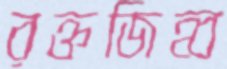
রক্তজিহ্ব